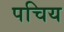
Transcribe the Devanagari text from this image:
पचिय